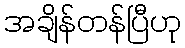
အချိန်တန်ပြီဟု